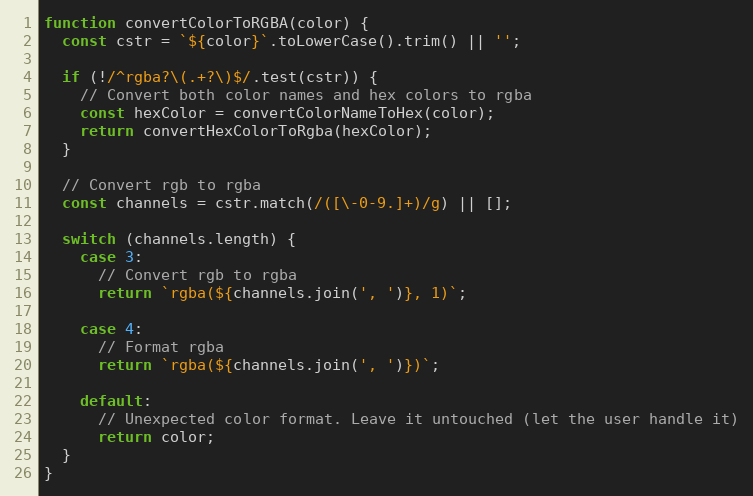
Language: JavaScript
function convertColorToRGBA(color) {
  const cstr = `${color}`.toLowerCase().trim() || '';

  if (!/^rgba?\(.+?\)$/.test(cstr)) {
    // Convert both color names and hex colors to rgba
    const hexColor = convertColorNameToHex(color);
    return convertHexColorToRgba(hexColor);
  }

  // Convert rgb to rgba
  const channels = cstr.match(/([\-0-9.]+)/g) || [];

  switch (channels.length) {
    case 3:
      // Convert rgb to rgba
      return `rgba(${channels.join(', ')}, 1)`;

    case 4:
      // Format rgba
      return `rgba(${channels.join(', ')})`;

    default:
      // Unexpected color format. Leave it untouched (let the user handle it)
      return color;
  }
}